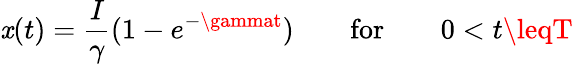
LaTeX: \mathit{x}(t)=\frac{{I}}{{\gamma}}(1-e^{-\gammat})\qquad\mathrm{{for}}\qquad0<t\leqT